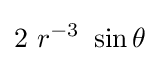
2~r^{-3}~\sin \theta